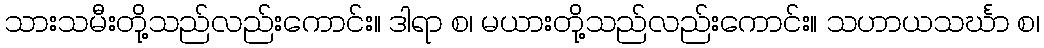
သားသမီးတို့သည်လည်းကောင်း။ ဒါရာ စ၊ မယားတို့သည်လည်းကောင်း။ သဟာယသင်္ဃာ စ၊